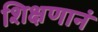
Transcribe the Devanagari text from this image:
शिक्षणानं